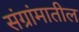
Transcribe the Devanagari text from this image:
संग्रांमातील